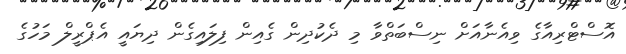
އޮސްޓްރިއާގެ ވިއެނާއަށް ނިސްބަތްވާ މި ދެކުދިން ގެއިން ފިލައިގެން ދިޔައީ އެޕްރީލް މަހުގެ